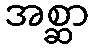
အစ္ဆာ